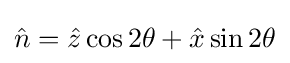
{\hat {n}}={\hat {z}}\cos {2\theta }+{\hat {x}}\sin {2\theta }